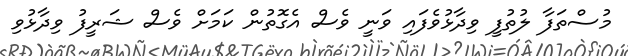
މުސްތަފާ ލުތުފީ ވިދާޅުވެފައި ވަނީ ވެސް އެގޮތުން ކަމަށް ވެސް ޝަރީފު ވިދާޅުވި